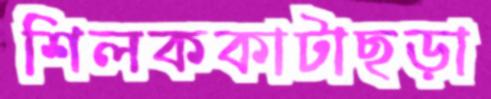
শিলককাটাছড়া